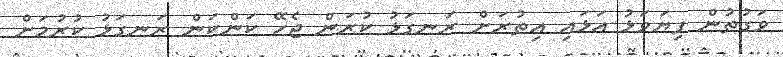
ވަގުތުން ފިޔަވަޅު އަޅައި އިތުރަށް ރަނގަޅު ކުރަން ޖެހޭ ކަންކަން ރަނގަޅު ކުރުމަށް